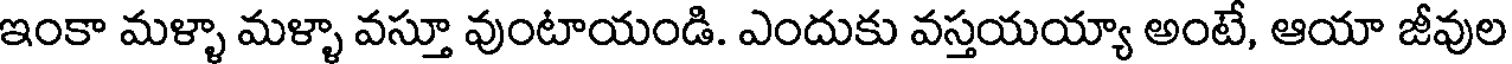
ఇంకా మళ్ళా మళ్ళా వస్తూ వుంటాయండి. ఎందుకు వస్తయయ్యా అంటే, ఆయా జీవుల